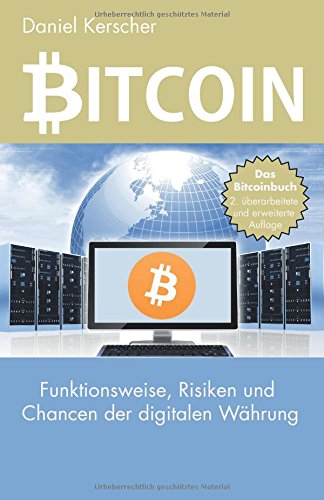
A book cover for Bitcoin: Funktionsweise, Risiken und Chancen der digitalen WÃ¤hrung (German Edition); Daniel Kerscher; Computers & Technology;